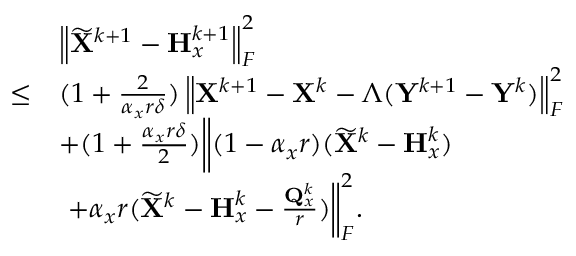
\begin{array} { r l } & { \left\| \widetilde { { \mathbf { X } } } ^ { k + 1 } - { \mathbf { H } } _ { x } ^ { k + 1 } \right\| _ { F } ^ { 2 } } \\ { \leq } & { ( 1 + \frac { 2 } { \alpha _ { x } r \delta } ) \left\| { \mathbf { X } } ^ { k + 1 } - { \mathbf { X } } ^ { k } - \Lambda ( { \mathbf { Y } } ^ { k + 1 } - { \mathbf { Y } } ^ { k } ) \right\| _ { F } ^ { 2 } } \\ & { + ( 1 + \frac { \alpha _ { x } r \delta } { 2 } ) \bigg \Vert ( 1 - \alpha _ { x } r ) ( \widetilde { { \mathbf { X } } } ^ { k } - { \mathbf { H } } _ { x } ^ { k } ) } \\ & { ~ + \alpha _ { x } r ( \widetilde { { \mathbf { X } } } ^ { k } - { \mathbf { H } } _ { x } ^ { k } - \frac { { \mathbf { Q } } _ { x } ^ { k } } { r } ) \bigg \Vert _ { F } ^ { 2 } . } \end{array}